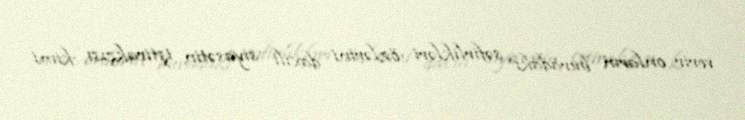
verir, onların buradakı səfirlikləri özlərini daxili siyasətin iştirakçısı kimi